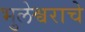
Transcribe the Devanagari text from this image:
भुलेश्वराचे